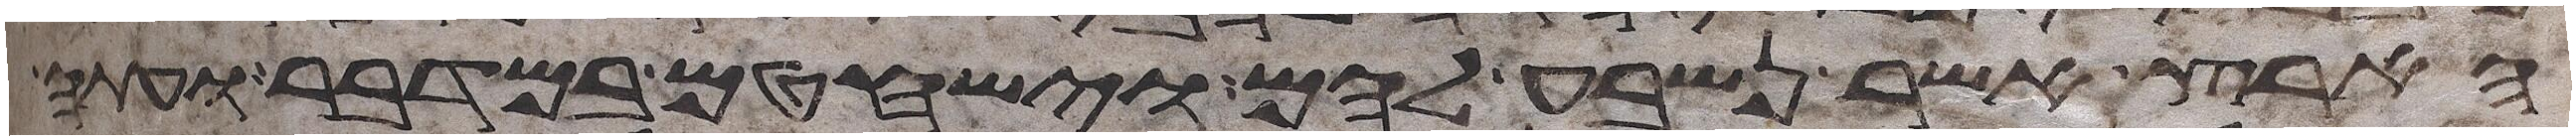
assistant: הארץ אשר נשבע להם וישחטם במדבר ועתה